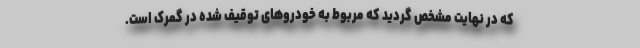
که در نهایت مشخص گردید که مربوط به خودروهای توقیف شده در گمرک است.